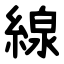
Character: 線